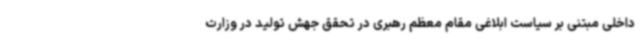
داخلی مبتنی بر سیاست ابلاغی مقام معظم رهبری در تحقق جهش تولید در وزارت